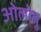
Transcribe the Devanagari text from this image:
ओलोमु